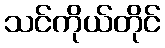
သင်ကိုယ်တိုင်